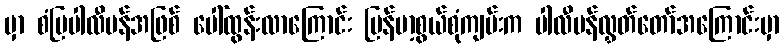
မှာ စံပြပါလီမန်အဖြစ် ပေါ်ထွန်းလာကြောင်း မြန်မာ့စွယ်စုံကျမ်းက ပါလီမန်လွှတ်တော်အကြောင်းမှာ